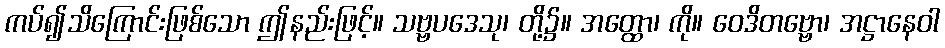
ကပ်၍သိကြောင်းဖြစ်သော ဤနည်းဖြင့်။ သဗ္ဗပဒေသု၊ တို့၌။ အတ္ထော၊ ကို။ ဝေဒိတဗ္ဗော၊ အဋ္ဌာနေဝါ